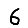
Digit: 6